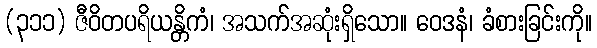
(၃၁၁) ဇီဝိတပရိယန္တိကံ၊ အသက်အဆုံးရှိသော။ ဝေဒနံ၊ ခံစားခြင်းကို။